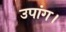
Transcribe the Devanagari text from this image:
उपांग।